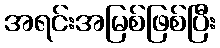
အရင်းအမြစ်ဖြစ်ပြီး